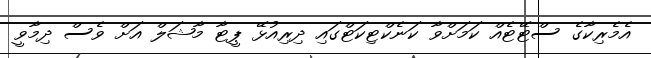
އެމެރިކާގެ ސްޓޭޓެއް ކަމަށްވާ ކަނެކްޓިކަޓްގައި ދިރިއުޅޭ ޕީޓާ މާޝަލް އަށް ވެސް ދިމާވީ